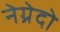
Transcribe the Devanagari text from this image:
नेग्रेदो